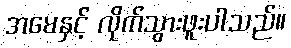
အမေနှင့် လိုက်သွားဖူးပါသည်။